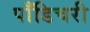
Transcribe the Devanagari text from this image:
पाँडिचरी